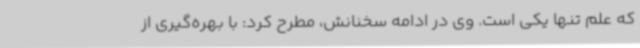
که علم تنها یکی است. وی در ادامه سخنانش، مطرح کرد: با بهره‌گیری از